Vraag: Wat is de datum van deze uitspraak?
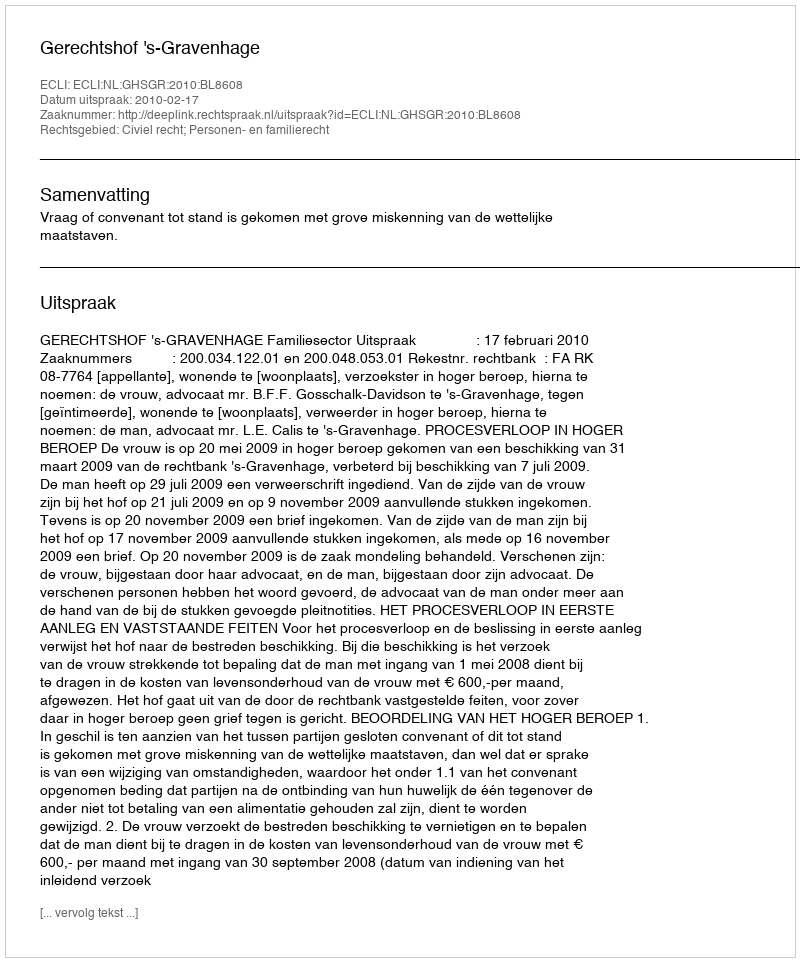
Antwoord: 2010-02-17